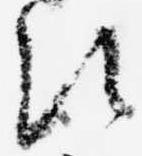
次